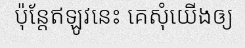
ប៉ុន្តែឥឡូវនេះ គេសុំយើងឲ្យ